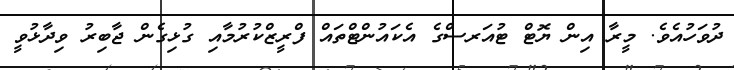
ދުވަހުއެވެ. މީރާ އިން ޔޮޓް ޓުއަރސްގެ އެކައުންޓްތައް ފްރީޒްކުރުމާއި ގުޅިގެން ޖާބިރު ވިދާޅުވީ